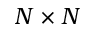
N \times N